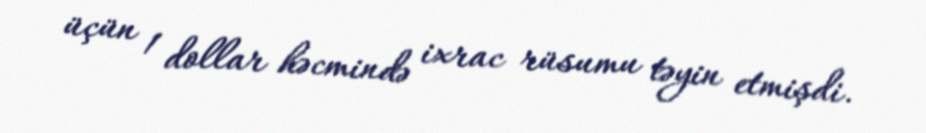
üçün 1 dollar həcmində ixrac rüsumu təyin etmişdi.